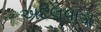
અદલવાડા